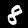
Digit: 8